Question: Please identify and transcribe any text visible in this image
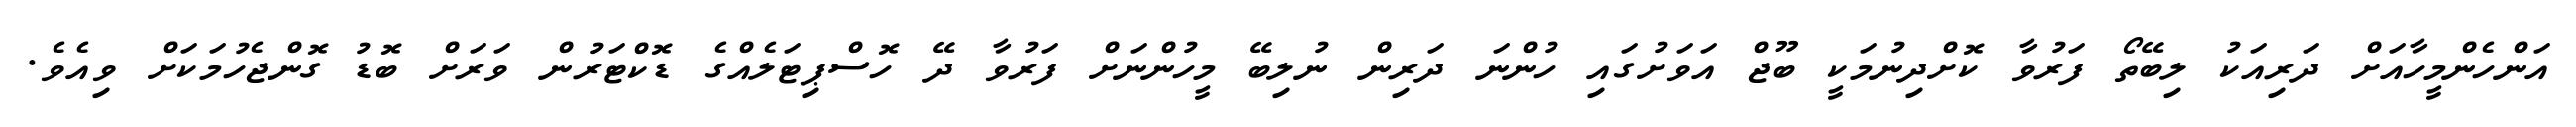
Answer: އަންހެންމީހާއަށް ދަރިއަކު ލިބޭތޯ ފަރުވާ ކޮށްދިނުމަކީ ބޫޖް އަވަށުގައި ހުންނަ ދަރިން ނުލިބޭ މީހުންނަށް ފަރުވާ ދޭ ހޮސްޕިޓަލެއްގެ ޑޮކްޓަރުން ވަރަށް ބޮޑު ގޮންޖެހުމަކަށް ވިއެވެ.